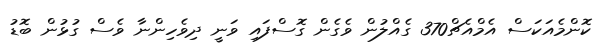
ކޮންމެއަކަސް އެމްއެޗް370 ގެއްލުން ވެގެން ގޮސްފައި ވަނީ ދިވެހިންނާ ވެސް ގުޅުން ބޮޑު